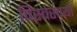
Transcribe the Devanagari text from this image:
विस्वेस्वर्या